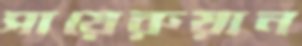
সায়েরুয়ান